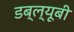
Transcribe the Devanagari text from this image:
डब्ल्यूबी